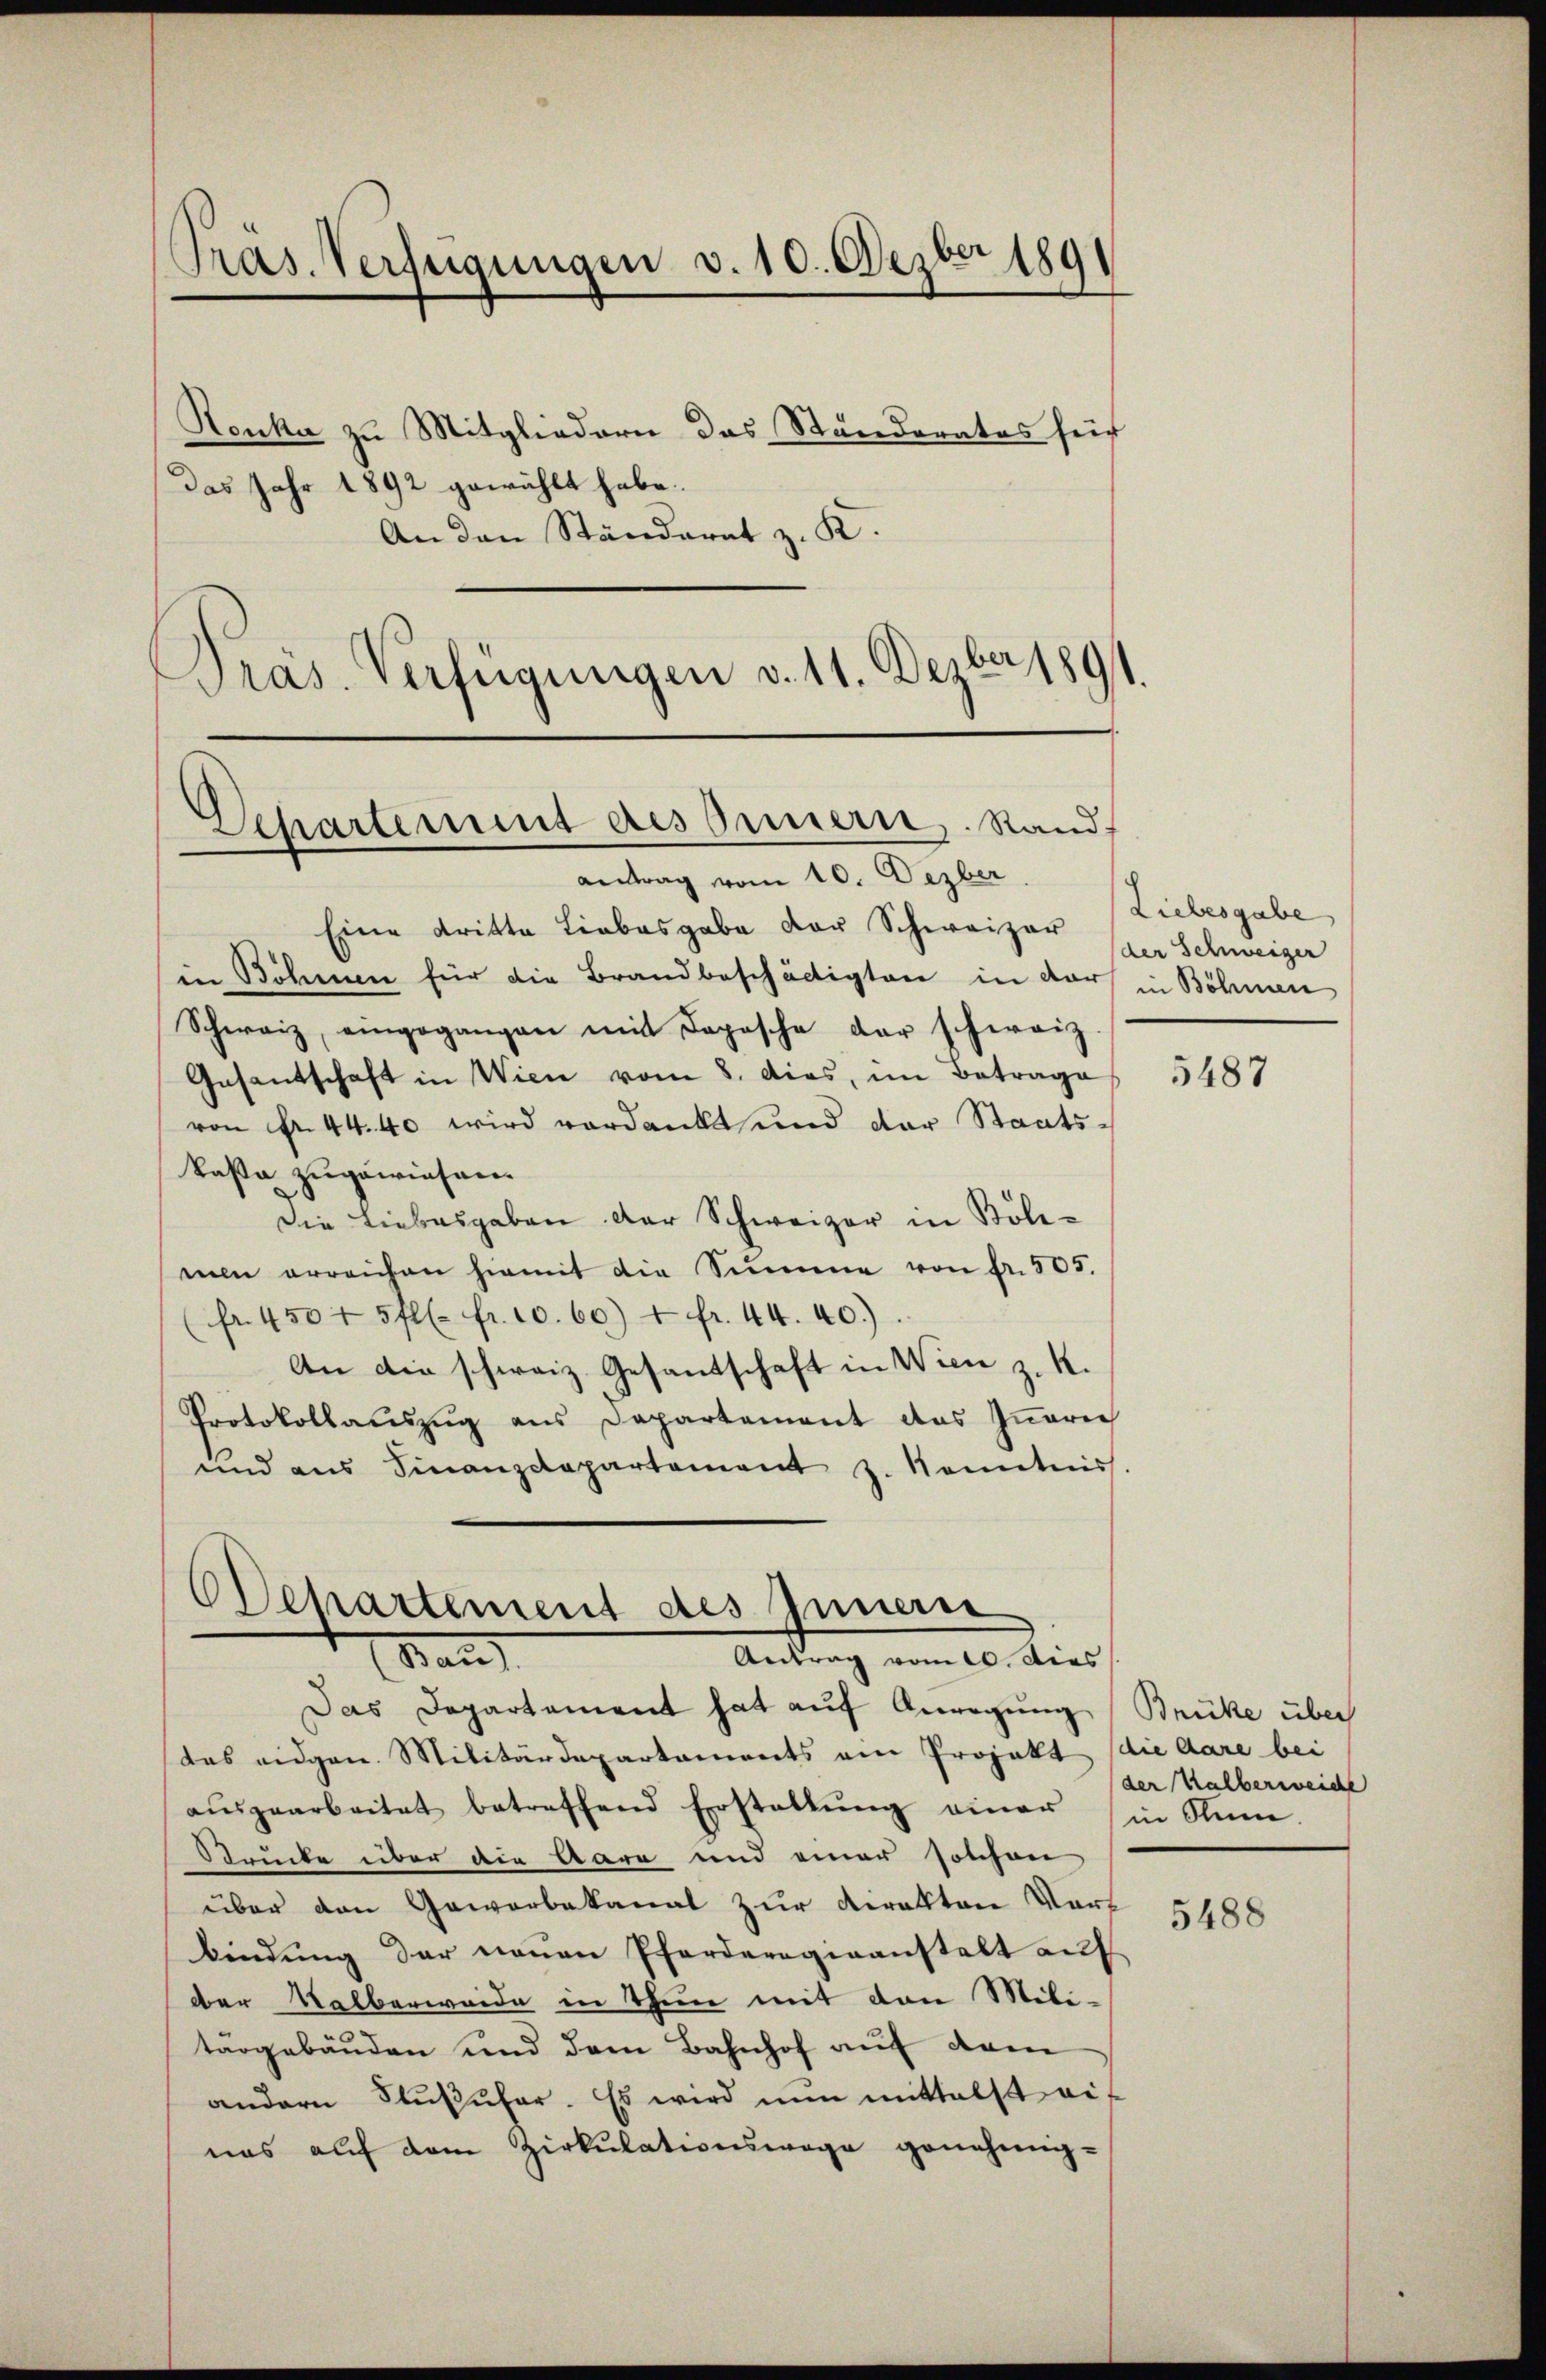
Pras. Verfügungen v. 10. Dezber 189

Reuka zu Mitgliedern das Stunderates sein
Das Jahr 1892 gewählt habe.
An den Ständerat z. K.
Pras. Verfügungen v. 11. Dezber 1891.

Departement des Innern, Rand
antrag vom 10. Dezber

Eine dritte Liebesgabe der Schweizer
in Böhmen für die Brandbeschädigten in dar
Schweiz, eingegangen mit Deposche der schweiz.
Gasantschaft in Wien vom 8. dies, im Betrage
von Fr. 44. 40 wird verdankt und der Staatskassa zugewiesen.
Die Liebesgaben der Schweizer in Bölimen erreichen hiemit die Summe von Fr. 503.
fr. 450 f 5 fl. fr. 10. 60) 4 fr. 44. 40.)
An die schweiz. Gesandschaft in Wien z. R.
Protokollaŭszŭg ans Departement des Iṅerich
und aus Finanzdepartement z. Kenntniss.

OSchartement des Innern
Kan
Antrag vom 10. Dies

Das Departement hat aŭf Anregung
das eidgen. Militärdepartaments am Projekt die Aare bei
aŭsgearbeitet betreffend Erstellŭng einer in Stim-
Strücke über die Aare und einer solchen
über den Gewerbekanal zur Direkten Vorbindung der neuen Pferderogieanstalt auf
der Kalberweide in Thun mit den Mili-
targebäuden und dem Bahnhof auf dem
andern Flŭβŭfer. Es wird nun mittelst eif
nas auf dem Zirkulationswege genehmig-

Liebesgabe
der Schweiger
in Böhmen

5487

Brücke über
der Halberweiche

5488